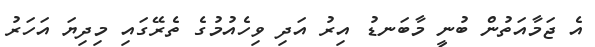
އެ ޖަމާއަތުން ބުނީ މާބަނޑު އިރު އަދި ވިހެއުމުގެ ތެރޭގައި މިދިޔަ އަހަރު